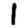
Digit: 1